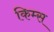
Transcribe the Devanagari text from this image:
किम्स